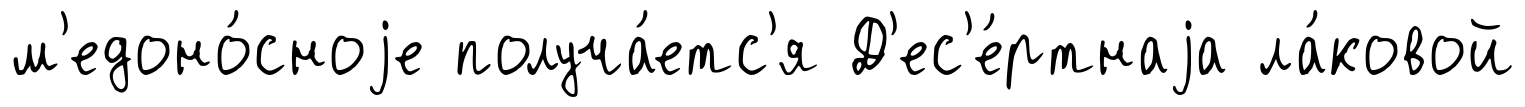
м'едоно́сноjе получа́етс'я Д'ес'е́ртнаjа ла́ковой